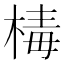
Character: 𣕬